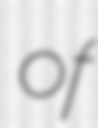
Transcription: of